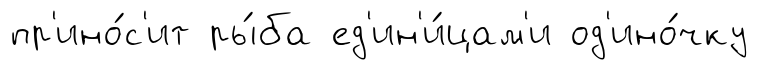
пр'ино́с'ит ры́ба ед'ин'и́цам'и од'ино́чку